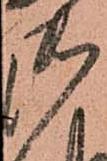
御